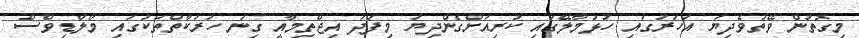
މިގޮތުން ވޭތުވެދިޔަ އަހަރުގައި ހުޅުމާލޭގައި ކުރިއަށްގެންދިޔަ މިފަދަ އިޖްތިމާއީ ގިނަ ހަރަކާތްތަކުގައި މޯލްޑިވްސް